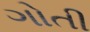
ગોતી